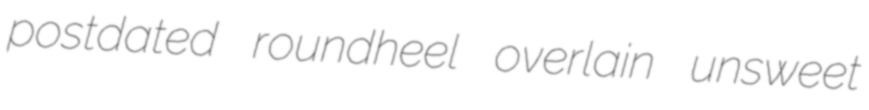
postdated roundheel overlain unsweet